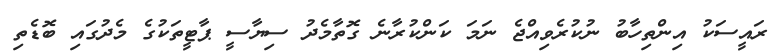
ރައީސަކު އިންތިހާބު ނުކުރެވިއްޖެ ނަމަ ކަންކުރާނެ ގޮތާމެދު ސިޔާސީ ޕާޓީތަކުގެ މެދުގައި ބޮޑެތި